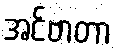
အင်ဗာတာ